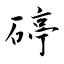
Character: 碠